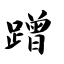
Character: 蹭